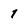
Character: 1